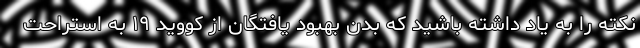
نکته را به یاد داشته باشید که بدن بهبود یافتگان از کووید ۱۹ به استراحت